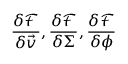
\frac { \delta \mathcal { F } } { \delta \vec { v } } , \frac { \delta \mathcal { F } } { \delta \Sigma } , \frac { \delta \mathcal { F } } { \delta \phi }